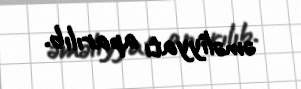
əməliyyatı aparılıb.